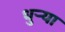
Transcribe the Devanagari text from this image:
धुर्‍या